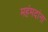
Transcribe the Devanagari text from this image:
महंमदांना